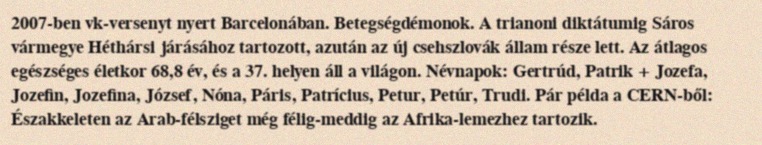
2007-ben vk-versenyt nyert Barcelonában. Betegségdémonok. A trianoni diktátumig Sáros vármegye Héthársi járásához tartozott, azután az új csehszlovák állam része lett. Az átlagos egészséges életkor 68,8 év, és a 37. helyen áll a világon. Névnapok: Gertrúd, Patrik + Jozefa, Jozefin, Jozefina, József, Nóna, Páris, Patrícius, Petur, Petúr, Trudi. Pár példa a CERN-ből: Északkeleten az Arab-félsziget még félig-meddig az Afrika-lemezhez tartozik.